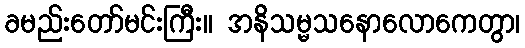
ခမည်းတော်မင်းကြီး။ အနိသမ္မသနောလောကေတွာ၊